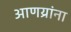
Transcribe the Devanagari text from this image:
आणय्रांना